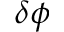
\delta \phi